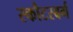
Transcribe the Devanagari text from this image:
स्कौटस्बर्ग